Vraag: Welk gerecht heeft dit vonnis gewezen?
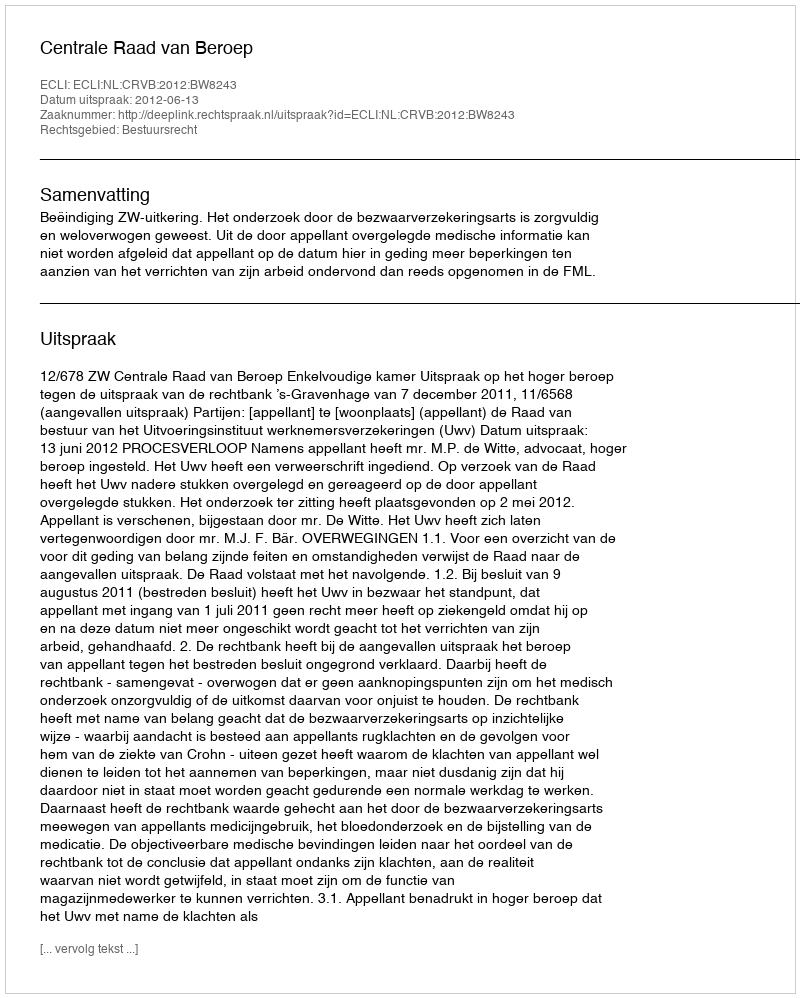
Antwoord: Centrale Raad van Beroep